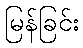
မြန်ခြင်း